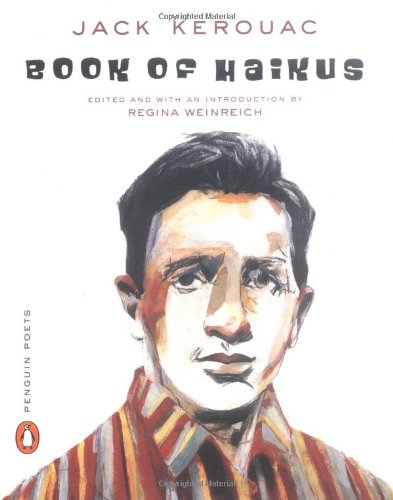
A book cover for Book of Haikus (Poets, Penguin); Jack Kerouac; Literature & Fiction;